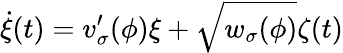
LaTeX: \dot{\xi}(t)=v_{\sigma}^{\prime}(\phi)\xi+\sqrt{w_{\sigma}(\phi)}\zeta(t)